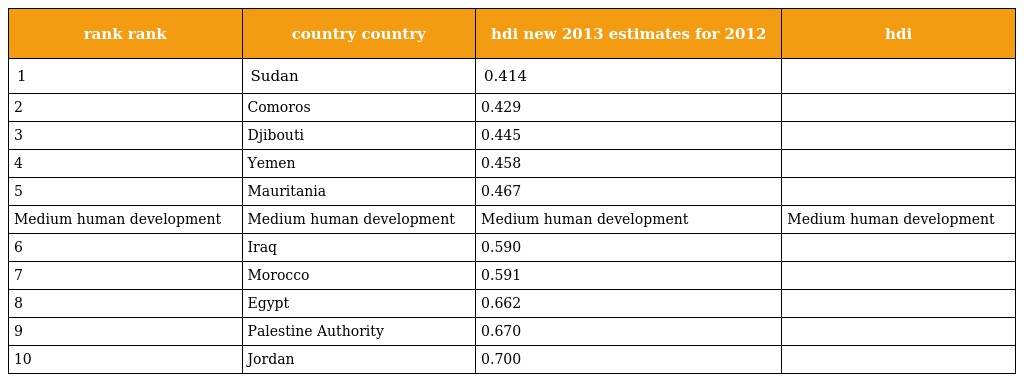
| rank rank | country country | hdi new 2013 estimates for 2012 | hdi |
 | --- | --- | --- | --- |
 | 1 | Sudan | 0.414 |  |
 | 2 | Comoros | 0.429 |  |
 | 3 | Djibouti | 0.445 |  |
 | 4 | Yemen | 0.458 |  |
 | 5 | Mauritania | 0.467 |  |
 | Medium human development | Medium human development | Medium human development | Medium human development |
 | 6 | Iraq | 0.590 |  |
 | 7 | Morocco | 0.591 |  |
 | 8 | Egypt | 0.662 |  |
 | 9 | Palestine Authority | 0.670 |  |
 | 10 | Jordan | 0.700 |  |